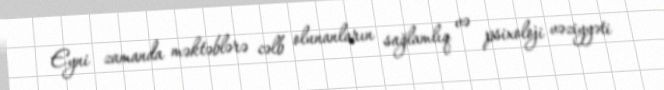
Eyni zamanda məktəblərə cəlb olunanların sağlamlıq və psixoloji vəziyyəti